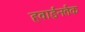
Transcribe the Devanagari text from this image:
हवाईनर्तक